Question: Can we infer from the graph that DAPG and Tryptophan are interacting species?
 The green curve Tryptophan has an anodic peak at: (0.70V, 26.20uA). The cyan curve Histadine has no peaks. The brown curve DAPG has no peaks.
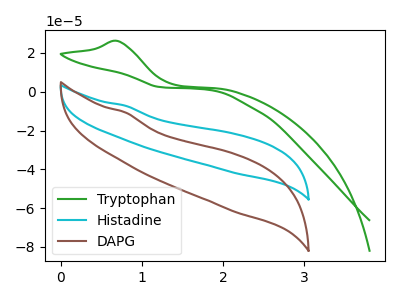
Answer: <think>"DAPG" and "Tryptophan" have a different number of peaks.
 </think>
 <answer>Yes, "DAPG" and "Tryptophan" are different in shape.</answer>
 <eval>yes_change</eval>